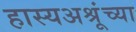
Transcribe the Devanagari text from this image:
हास्यअश्रूंच्या